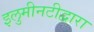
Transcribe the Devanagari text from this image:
इलुमीनटीद्वारा